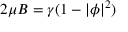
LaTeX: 2 \mu B = \gamma ( 1 - | \phi | ^ { 2 } )